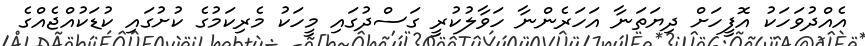
އެއްދުވަހަކު އޮފީހަށް ދިޔަތަނާ އަހަރެންނާ ހަވާލުކުރީ ގަސްދުގައި މީހަކު މެރިކަމުގެ ކުށުގައި ކުޑަކުއްޖެއްގެ